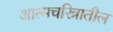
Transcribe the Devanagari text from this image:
आत्मचरित्रातील